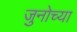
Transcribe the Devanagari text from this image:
जुनोच्या